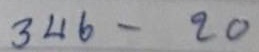
346 - 20